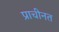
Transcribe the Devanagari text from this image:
प्राचीनत